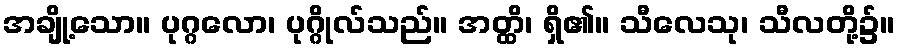
အချို့သော။ ပုဂ္ဂလော၊ ပုဂ္ဂိုလ်သည်။ အတ္ထိ၊ ရှိ၏။ သီလေသု၊ သီလတို့၌။